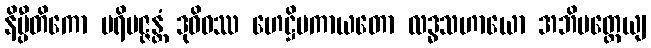
နိပ္ပီတိကော ပရိမဇ္ဇန္တံ ဒုဝိဓဿ ဟေဋ္ဌိမကာယတော လဒ္ဓသဟာယော အဘိမတ္ထေယျ